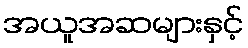
အယူအဆများနှင့်